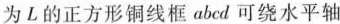
为L的正方形铜线框abcd可绕水平轴